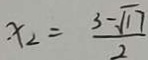
x _ { 2 } = \frac { 3 - \sqrt { 1 7 } } { 2 }